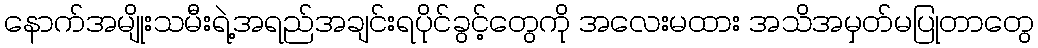
နောက်အမျိုးသမီးရဲ့အရည်အချင်းရပိုင်ခွင့်တွေကို အလေးမထား အသိအမှတ်မပြုတာတွေ